Indian journal of veterinary science and animal husbandry - Volume 12,
Year: 1942
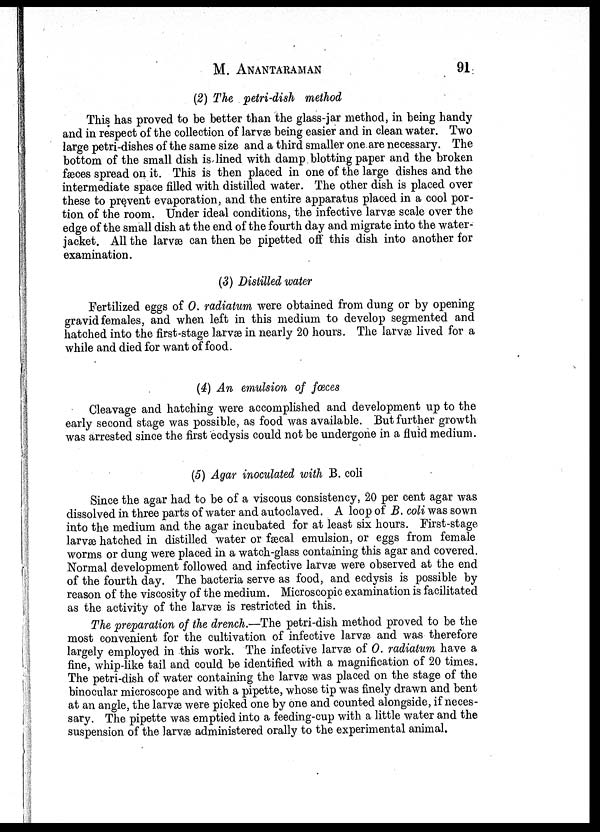
M.
ANANTARAMAN
91
(2) The petri-dish method
This has proved to be better than the glass-jar method, in being handy
and in respect of the collection of larvæ being easier and in clean water. Two
large petri-dishes of the same size and a third smaller one are necessary. The
bottom of the small dish is lined with damp blotting paper and the broken
fæces spread on it. This is then placed in one of the large dishes and the
intermediate space filled with distilled water. The other dish is placed over
these to prevent evaporation, and the entire apparatus placed in a cool por-
tion of the room. Under ideal conditions, the infective larvæ scale over the
edge of the small dish at the end of the fourth day and migrate into the water-
jacket. All the larvæ can then be pipetted off this dish into another for
examination.
(3) Distilled water
Fertilized eggs of O. radiatum were obtained from dung or by opening
gravid females, and when left in this medium to develop segmented and
hatched into the first-stage larvæ in nearly 20 hours. The larvæ lived for a
while and died for want of food.
(4) An emulsion of fæces
Cleavage and hatching were accomplished and development up to the
early second stage was possible, as food was available. But further growth
was arrested since the first ecdysis could not be undergone in a fluid medium.
(5) Agar inoculated with B. coli
Since the agar had to be of a viscous consistency, 20 per cent agar was
dissolved in three parts of water and autoclaved. A loop of B. coli was sown
into the medium and the agar incubated for at least six hours. First-stage
larvæ hatched in distilled water or fæcal emulsion, or eggs from female
worms or dung were placed in a watch-glass containing this agar and covered.
Normal development followed and infective larvæ were observed at the end
of the fourth day. The bacteria serve as food, and ecdysis is possible by
reason of the viscosity of the medium. Microscopic examination is facilitated
as the activity of the larvæ is restricted in this.
The preparation of the drench.—The petri-dish method proved to be the
most convenient for the cultivation of infective larvæ and was therefore
largely employed in this work. The infective larvæ of O. radiatum have a
fine, whip-like tail and could be identified with a magnification of 20 times.
The petri-dish of water containing the larvæ was placed on the stage of the
binocular microscope and with a pipette, whose tip was finely drawn and bent
at an angle, the larvæ were picked one by one and counted alongside, if neces-
sary. The pipette was emptied into a feeding-cup with a little water and the
suspension of the larvæ administered orally to the experimental animal.